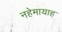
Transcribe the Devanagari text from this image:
नहेमायाह